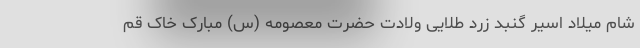
شام میلاد اسیرِ گنبدِ زردِ طلایی ولادت حضرت معصومه (س) مبارک خاک قم